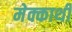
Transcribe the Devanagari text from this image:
मेक्कार्थी